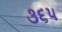
૩૬૫